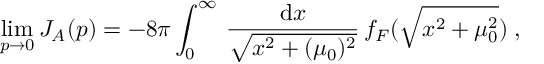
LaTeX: \operatorname * { l i m } _ { p \rightarrow 0 } J _ { A } ( p ) = - 8 \pi \int _ { 0 } ^ { \infty } \, \frac { \mathrm { d } x } { \sqrt { x ^ { 2 } + ( \mu _ { 0 } ) ^ { 2 } } } \, f _ { F } ( \sqrt { x ^ { 2 } + \mu _ { 0 } ^ { 2 } } ) \; ,